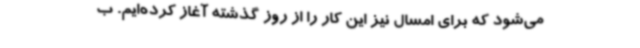
می‌شود که برای امسال نیز این کار را از روز گذشته آغاز کرده‌ایم. ب